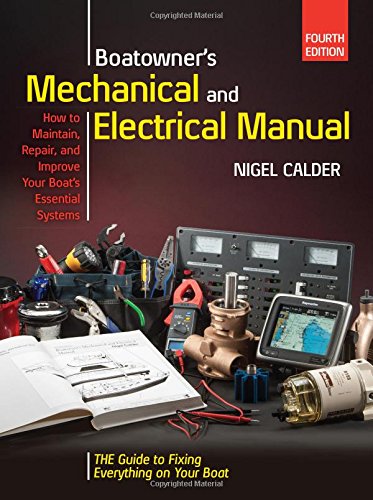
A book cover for Boatowners Mechanical and Electrical Manual 4/E; Nigel Calder; Reference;